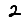
Digit: 2